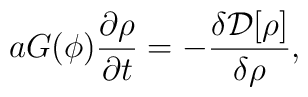
a G(\phi) \frac{\partial \rho}{\partial t} = -  \frac{\delta {\cal D}[\rho]}{\delta \rho},